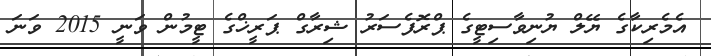
އެމެރިކާގެ ޔޭލް ޔުނިވާސިޓީގެ ޕްރޮފެސަރު ޝިރާގް ޕަރީޚްގެ ޓީމުން ވަނީ 2015 ވަނަ